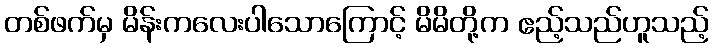
တစ်ဖက်မှ မိန်းကလေးပါသောကြောင့် မိမိတို့က ဧည့်သည်ဟူသည့်